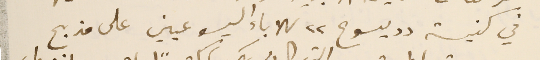
في كنيسة "يسوع" للاباء اليسوعيين على مذبح